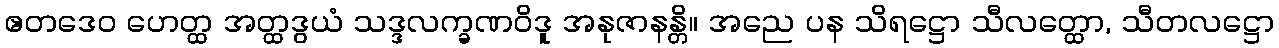
ဧတဒေဝ ဟေတ္ထ အတ္ထဒွယံ သဒ္ဒလက္ခဏဝိဒူ အနုဇာနန္တိ။ အညေ ပန သိရဋ္ဌော သီလတ္ထော, သီတလဋ္ဌော